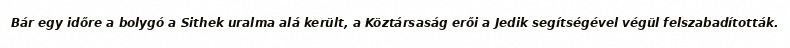
Bár egy időre a bolygó a Sithek uralma alá került, a Köztársaság erői a Jedik segítségével végül felszabadították.